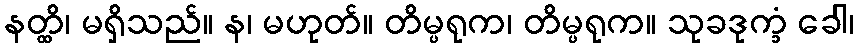
နတ္ထိ၊ မရှိသည်။ န၊ မဟုတ်။ တိမ္ပရုက၊ တိမ္ပရုက။ သုခဒုက္ခံ ခေါ၊